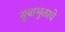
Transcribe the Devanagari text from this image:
सुबाभुळाचे